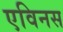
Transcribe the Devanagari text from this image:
एविनस